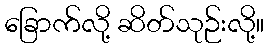
ခြောက်လို့ ဆိတ်သုဉ်းလို့။